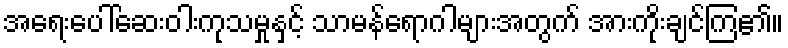
အရေးပေါ်ဆေးဝါးကုသမှုနှင့် သာမန်ရောဂါများအတွက် အားကိုးချင်ကြ၏။